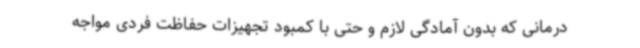
درمانی که بدون آمادگی لازم و حتی با کمبود تجهیزات حفاظت فردی مواجه